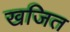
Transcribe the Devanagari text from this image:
खजित